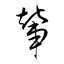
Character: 輦